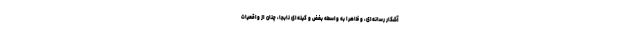
آشکار رسانه‌ای، و ظاهرا به واسطه بغض و کینه‌ای نابجا، چنان از واقعیات